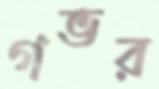
গভর